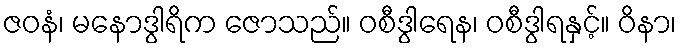
ဇဝနံ၊ မနောဒွါရိက ဇောသည်။ ဝစီဒွါရေန၊ ဝစီဒွါရနှင့်။ ဝိနာ၊